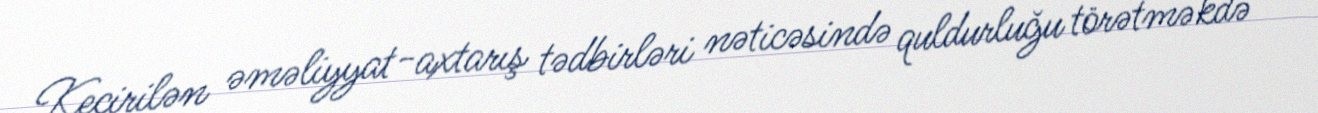
Keçirilən əməliyyat-axtarış tədbirləri nəticəsində quldurluğu törətməkdə